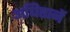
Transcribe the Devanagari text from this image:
अधिष्ठानें